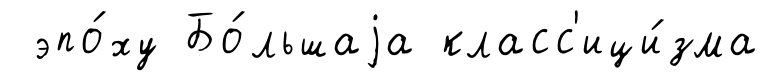
эпо́ху Бо́льшаjа класс'ици́зма